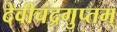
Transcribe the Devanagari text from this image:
देवीचंद्रगुप्तम्‌